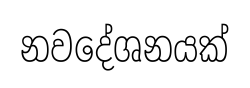
නවදේශනයක්